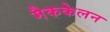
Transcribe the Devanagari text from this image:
मैककेलन